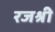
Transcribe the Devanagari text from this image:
रजश्री